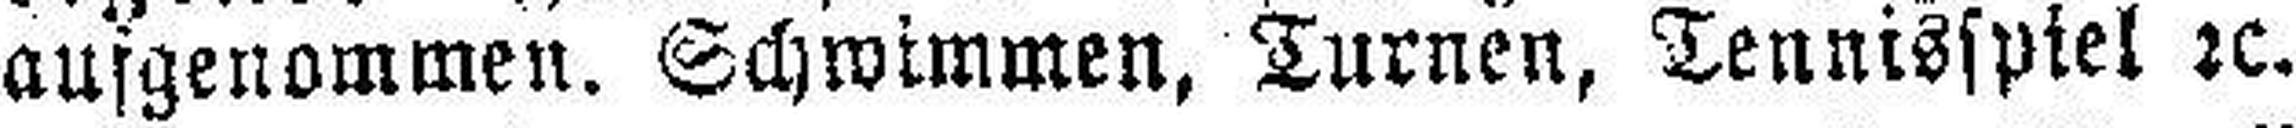
aufgenommen. Schwimmen, Turnen, Tennisspiel rc.